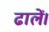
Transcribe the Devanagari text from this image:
ढालें।